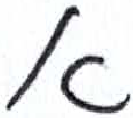
אות: א